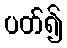
ပတ်၍